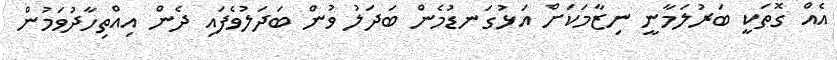
އެއް ގޮތަކީ ބަރުލަމާނީ ނިޒާމަކަށް އަޅުގަނޑުމެން ބަދަލު ވުން ބަދަލުވެފައި ދެން އިއްތިހާދުވަމުން